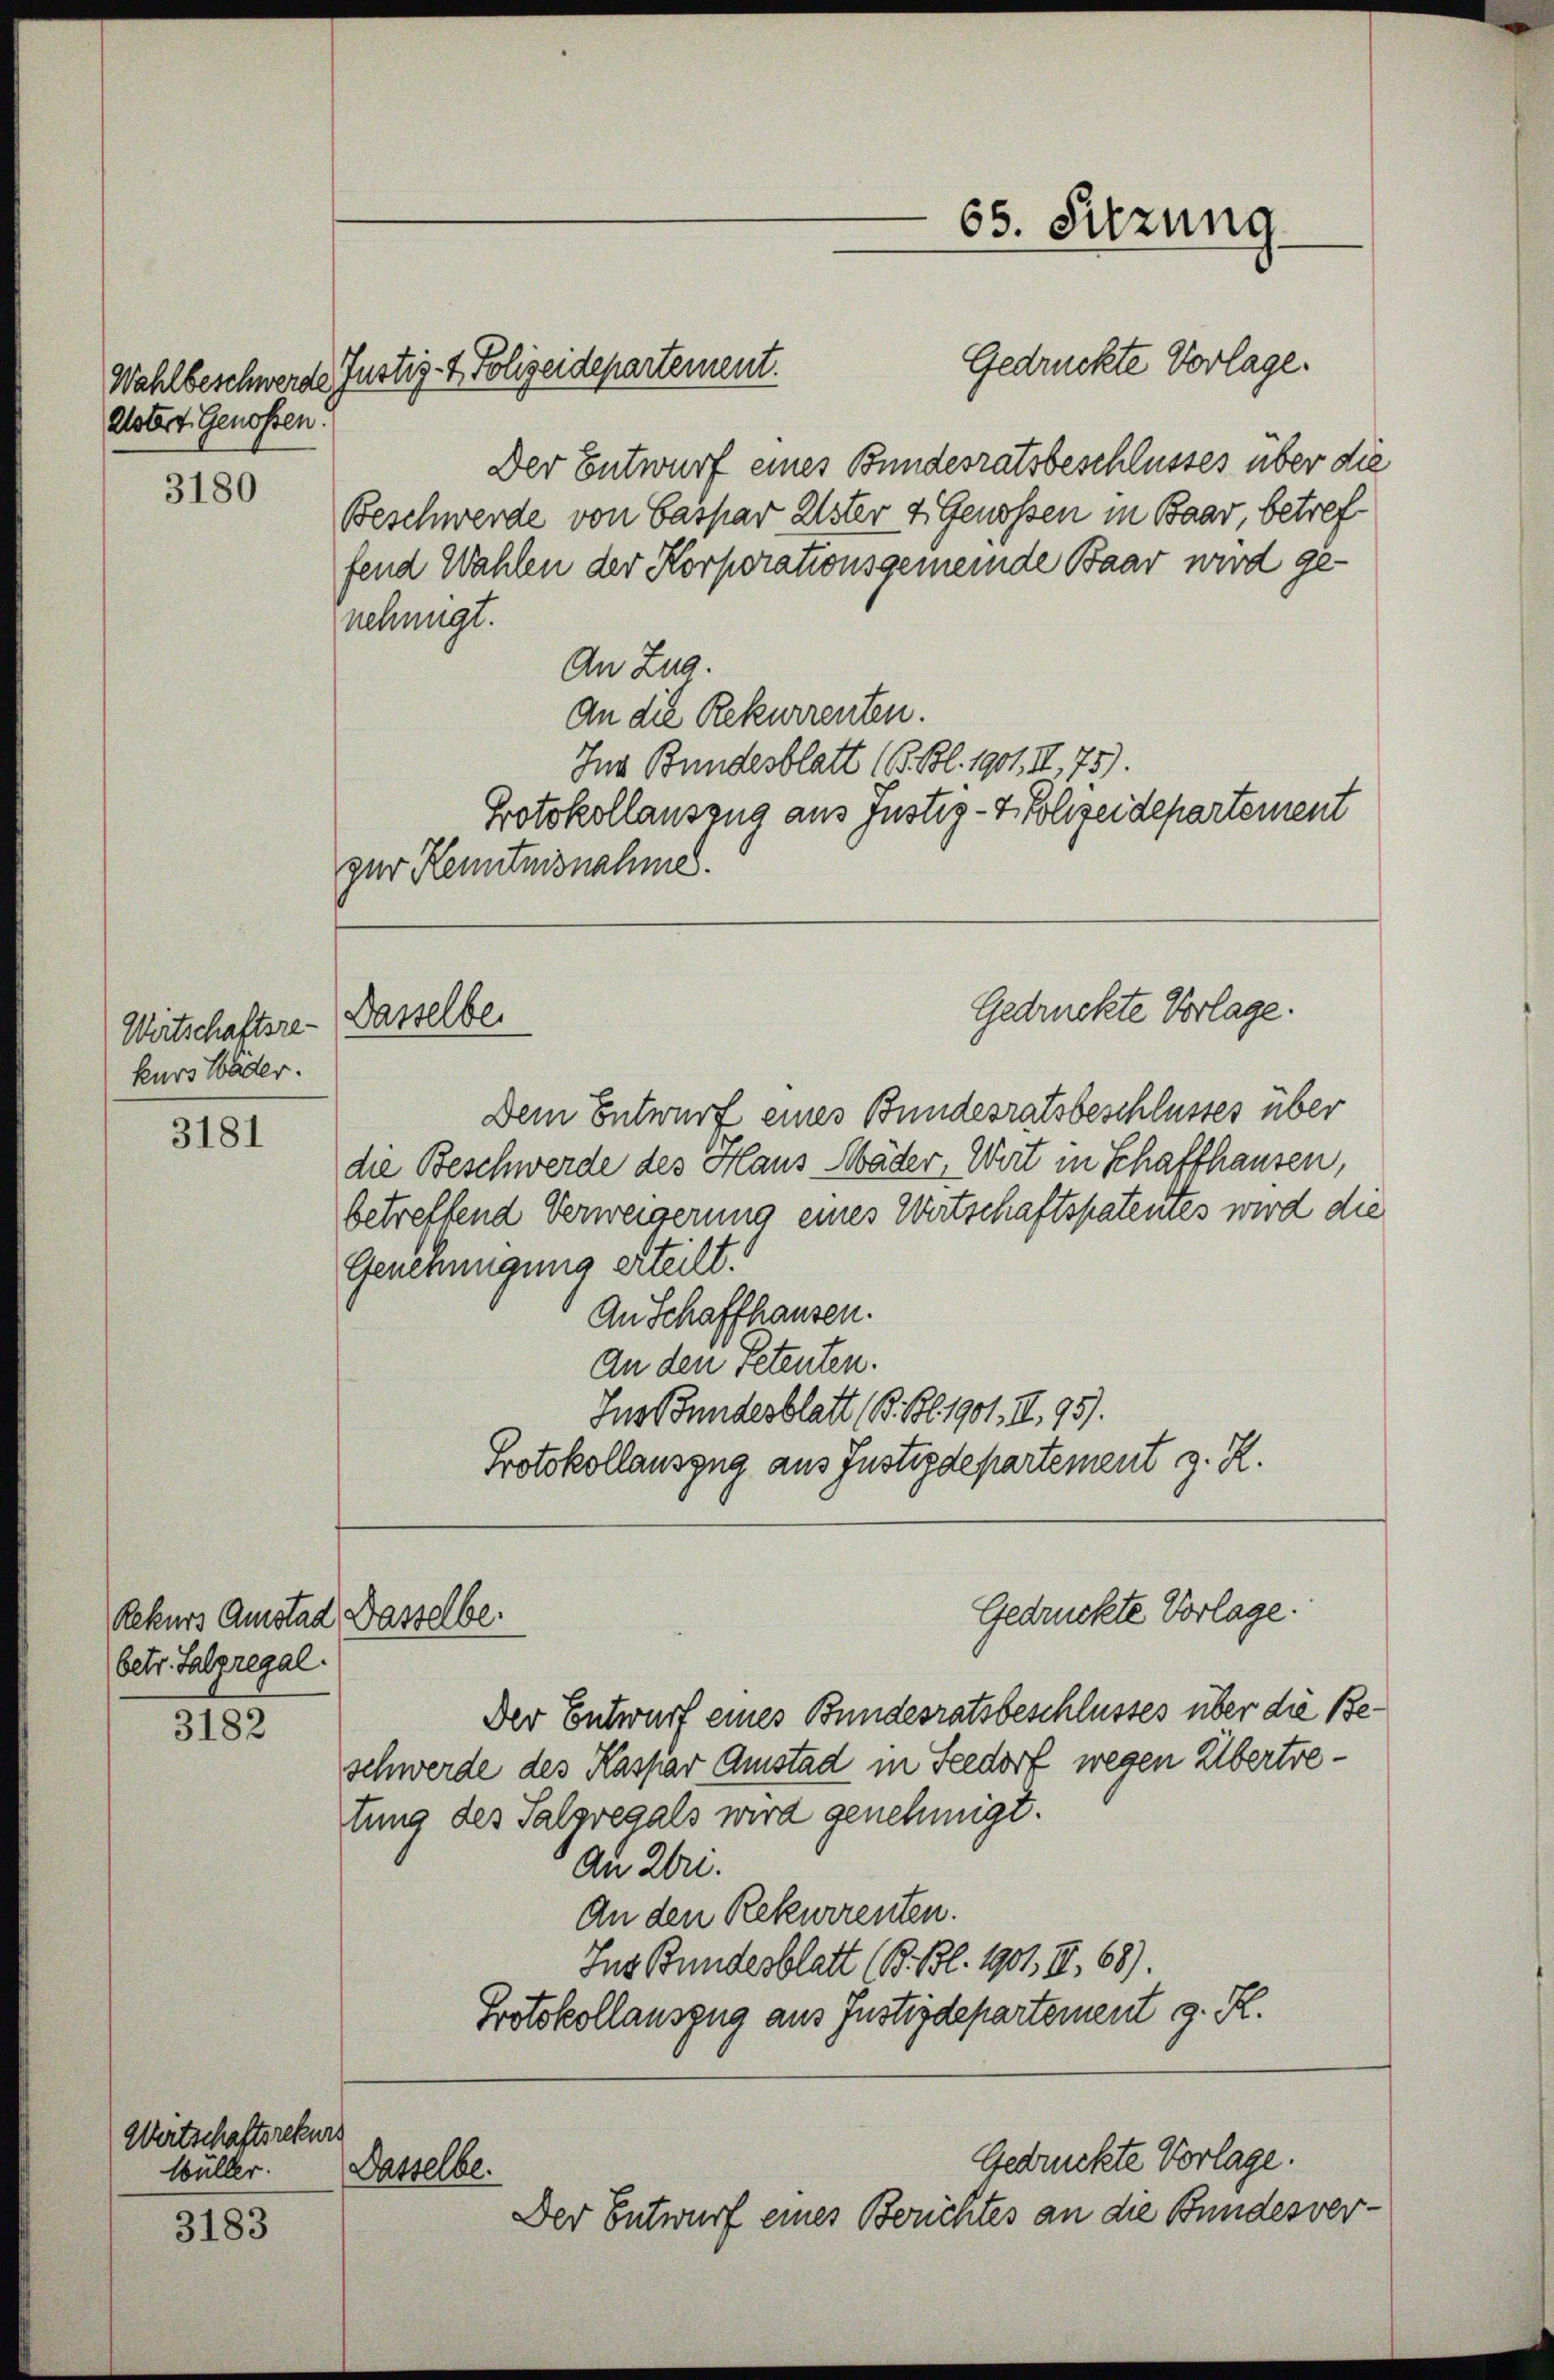
Alstert Genossen.

3180

Wirtschaftsrekurs Bäder.

3181

Rekurs Amstad Dasselbe.
betr. Falzregal

3182

Wertschaftsrekurs
Wüller.

3183

Gedrückte Vorlage.
Der Entwurf eines Bundesratsbeschlusses über die
Beschwerde von Caspar Ester 4 Genossen in Baar, betref
fend Wahlen der Korporationsgemeinde Baar wird genehmigt.
An Zug.
An die Rekurrenten.
Ins Bundesblatt (B. Bl. 1901, II. 75).
Protokollauszug aus Justiz- & Polizeidepartement
zur Kenntnisnahme.

Wahlbeschwerde Justiz- & Polizeidepartement.

Dasselbe.

65. Sitzung

Gedruckte Vorlage.

Dem Entwurf eines Bundesratsbeschlusses über
die Beschwerde des Haus Mäder, Wirt in Schaffhausen,
betreffend Verweigerung eines Wertschaftspatenes wird die
Genehmigung erteilt.
An Schaffhausen.
An den Petenten.
Ins Bundesblatt (Bil 1901. II. 95).
Protokollauszug aus Justizdepartement z. R.
Gedrückte Vorlage.
Der Entwurf eines Bundesratsbeschlusses über die Beschwerde des Kaspar Amstad in Seedorf wegen Übertretung des Salzregals wird genehmigt.
An Zbri.
An den Rekurrenten.
Ins Bundesblatt (B. Bl. 1901, II., 68).
Protokollauszug aus Justizdepartement z. R.

Gedrückte Vorlage.
Dasselbe.
Der Entwurf eines Berichtes an die Bundesver¬